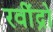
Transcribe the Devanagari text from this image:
रवींद्रो